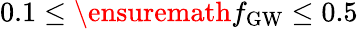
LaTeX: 0.1\leq\ensuremath{f_{\mathrm{GW}}}\leq 0.5